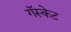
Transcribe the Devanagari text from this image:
गॅस्केट